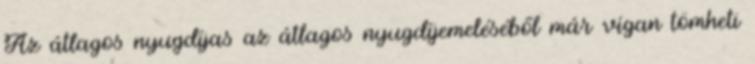
Az átlagos nyugdíjas az átlagos nyugdíjemeléséből már vígan tömheti